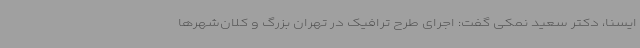
ایسنا، دکتر سعید نمکی گفت: اجرای طرح ترافیک در تهران بزرگ و کلان‌شهرها